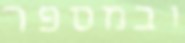
ובמספר